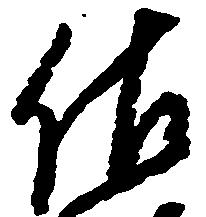
佐